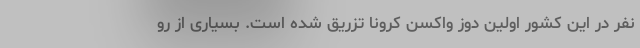
نفر در این کشور اولین دوز واکسن کرونا تزریق شده است. بسیاری از رو